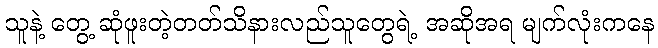
သူနဲ့ တွေ့ ဆုံဖူးတဲ့တတ်သိနားလည်သူတွေရဲ့ အဆိုအရ မျက်လုံးကနေ